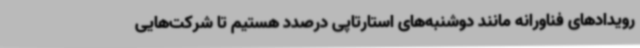
رویدادهای فناورانه مانند دوشنبه‌های استارتاپی درصدد هستیم تا شرکت‌هایی